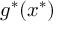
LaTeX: g ^ { * } ( x ^ { * } )